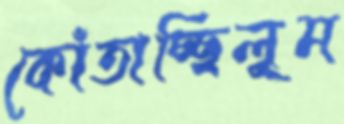
কোঁতাচ্ছিলুম